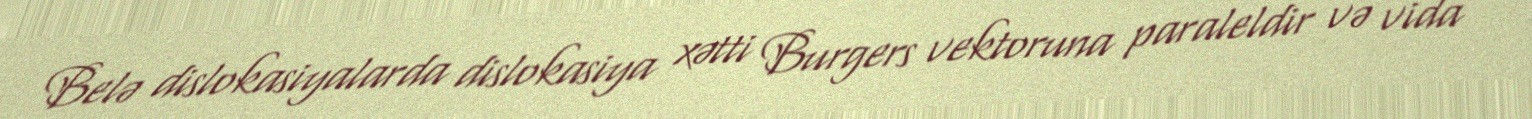
Belə dislokasiyalarda dislokasiya xətti Burgers vektoruna paraleldir və vida